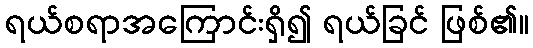
ရယ်စရာအကြောင်းရှိ၍ ရယ်ခြင် ဖြစ်၏။